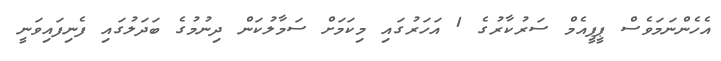
އެހެންނަމަވެސް ޕީޕީއެމް ސަރުކާރުގެ 1 އަހަރުގައި މިކަމަށް ސަމާލުކަން ދިނުމުގެ ބަދަލުގައި ފެނިފައިވަނީ